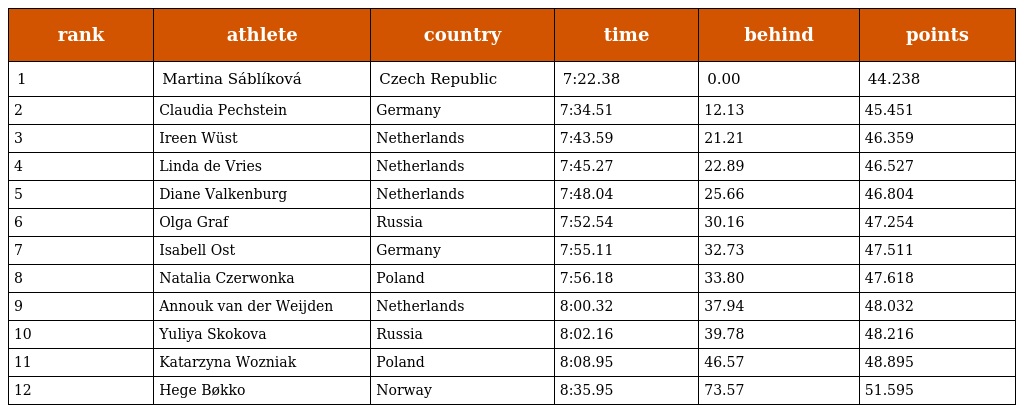
| rank | athlete | country | time | behind | points |
 | --- | --- | --- | --- | --- | --- |
 | 1 | Martina Sáblíková | Czech Republic | 7:22.38 | 0.00 | 44.238 |
 | 2 | Claudia Pechstein | Germany | 7:34.51 | 12.13 | 45.451 |
 | 3 | Ireen Wüst | Netherlands | 7:43.59 | 21.21 | 46.359 |
 | 4 | Linda de Vries | Netherlands | 7:45.27 | 22.89 | 46.527 |
 | 5 | Diane Valkenburg | Netherlands | 7:48.04 | 25.66 | 46.804 |
 | 6 | Olga Graf | Russia | 7:52.54 | 30.16 | 47.254 |
 | 7 | Isabell Ost | Germany | 7:55.11 | 32.73 | 47.511 |
 | 8 | Natalia Czerwonka | Poland | 7:56.18 | 33.80 | 47.618 |
 | 9 | Annouk van der Weijden | Netherlands | 8:00.32 | 37.94 | 48.032 |
 | 10 | Yuliya Skokova | Russia | 8:02.16 | 39.78 | 48.216 |
 | 11 | Katarzyna Wozniak | Poland | 8:08.95 | 46.57 | 48.895 |
 | 12 | Hege Bøkko | Norway | 8:35.95 | 73.57 | 51.595 |